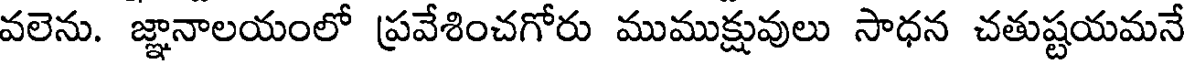
వలెను. జ్ఞానాలయంలో ప్రవేశించగోరు ముముక్షువులు సాధన చతుష్టయమనే